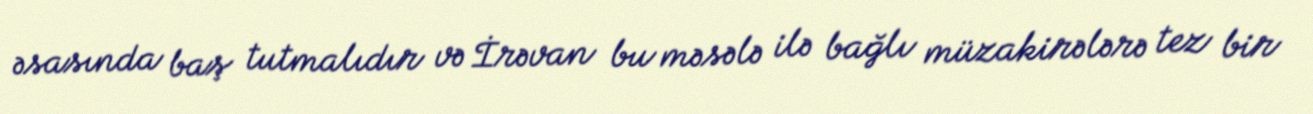
əsasında baş tutmalıdır və İrəvan bu məsələ ilə bağlı müzakirələrə tez bir